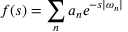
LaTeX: f ( s ) = \sum _ { n } a _ { n } e ^ { - s | \omega _ { n } | }